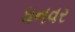
ધનવર